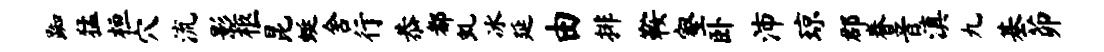
踟猛桓穴流影柩昆蜓舍行恭都虬冰延由排鞍壑卧沛琼郡眷音滇九基茆